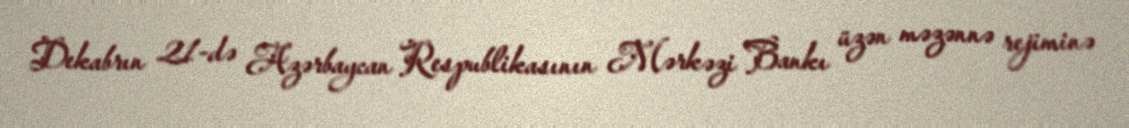
Dekabrın 21-də Azərbaycan Respublikasının Mərkəzi Bankı üzən məzənnə rejiminə